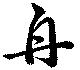
舟